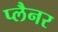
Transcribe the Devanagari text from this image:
प्लैनर